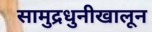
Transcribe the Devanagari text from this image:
सामुद्रधुनीखालून